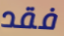
فقد